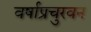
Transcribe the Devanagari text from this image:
वर्षाप्रचुरवन